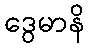
ဒွေမာနိ